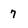
Character: 7